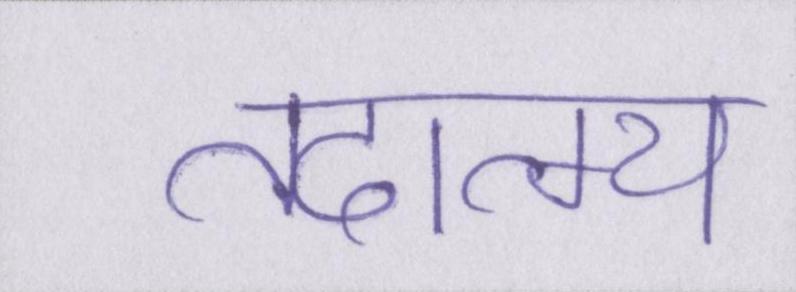
तदात्म्य